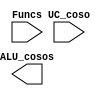
module ALUControl(
  	input [5:0] Funcs,	
	input [2:0] UC_coso,
	output [3:0] ALU_cosos
	); 


reg [2:0]ALU_coso;
reg [5:0]Func;

always @(*)
case (Funcs)
	3'b000: //Si la UC dijo que es R
	begin 
	//determina la operacin de la ALU
        case (UC_coso)
            6'b100000: ALU_coso = 4'b0010; // ADD
            6'b100010: ALU_coso = 4'b0110; // SUB
            6'b100100: ALU_coso = 4'b0000; // AND
            6'b100101: ALU_coso = 4'b0001; // OR
            6'b101010: ALU_coso = 4'b0111; // SLT
            default: ALU_coso = 4'b0010; // ADD por default
        endcase
    end
    default: ALU_coso = 3'b000; // Sino es R, no hac nada
endcase

endmodule